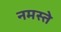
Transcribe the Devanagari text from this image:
नमस्‍ते